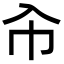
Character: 㠳